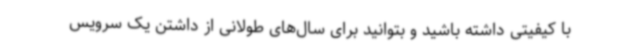
با کیفیتی داشته باشید و بتوانید برای سال‌های طولانی از داشتن یک سرویس